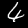
Label: 4